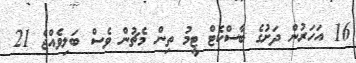
16 އަހަރުން ދަށުގެ ބާސްކެޓް ޓީމު ތިން މެޗުން ވެސް ބަލިވެއްޖެ 21